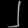
Digit: ၂